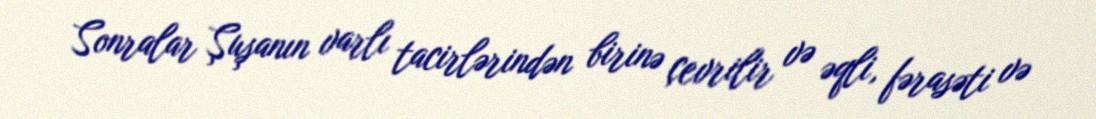
Sonralar Şuşanın varlı tacirlərindən birinə çevrilir və əqli, fərasəti və